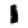
Digit: 1